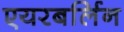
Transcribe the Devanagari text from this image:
एयरबर्लिन